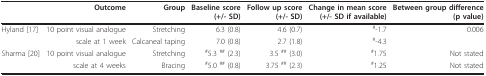
<table><thead><tr><td></td><td><b>Outcome</b></td><td><b>Group</b></td><td><b>Baseline score(+/- SD)</b></td><td><b>Follow up score(+/- SD)</b></td><td><b>Change in mean score(+/- SD if available)</b></td><td><b>Between group difference(p value)</b></td></tr></thead><tbody><tr><td>Hyland [17]</td><td>10 point visual analogue</td><td>Stretching</td><td>6.3 (0.8)</td><td>4.6 (0.7)</td><td><sup>#</sup>-1.7</td><td>0.006</td></tr><tr><td></td><td>scale at 1 week</td><td>Calcaneal taping</td><td>7.0 (0.8)</td><td>2.7 (1.8)</td><td><sup>#</sup>-4.3</td><td></td></tr><tr><td>Sharma [20]</td><td>10 point visual analogue</td><td>Stretching</td><td><sup>#</sup>5.3 <sup>## </sup>(2.3)</td><td>3.5 <sup>## </sup>(3.0)</td><td><sup>#</sup>1.75</td><td>Not stated</td></tr><tr><td></td><td>scale at 4 weeks</td><td>Bracing</td><td><sup>#</sup>5.0 <sup>## </sup>(0.8)</td><td>3.75 <sup>## </sup>(2.3)</td><td><sup>#</sup>1.25</td><td>Not stated</td></tr></tbody></table>